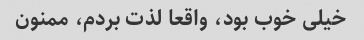
خیلی خوب بود، واقعا لذت بردم، ممنون